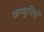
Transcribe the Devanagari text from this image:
कम्यूनियों